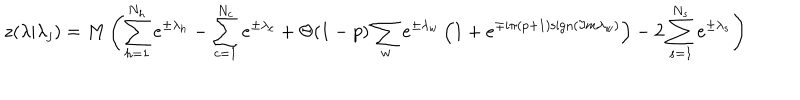
z ( \lambda | \lambda _ { j } ) = M \left( \sum _ { h = 1 } ^ { N _ { h } } e ^ { \pm \lambda _ { h } } - \sum _ { c = 1 } ^ { N _ { c } } e ^ { \pm \lambda _ { c } } + \Theta ( 1 - p ) \sum _ { w } e ^ { \pm \lambda _ { w } } \left( 1 + e ^ { \mp i \pi ( p + 1 ) \mathrm { s i g n } ( \Im m \lambda _ { w } ) } \right) - 2 \sum _ { s = 1 } ^ { N _ { s } } e ^ { \pm \lambda _ { s } } \right)